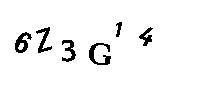
6Z3G14